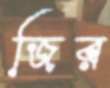
জির